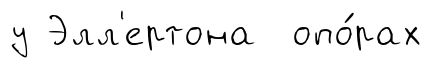
у Элл'ертона опо́рах